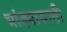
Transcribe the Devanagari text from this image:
भांड्यासाठी